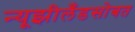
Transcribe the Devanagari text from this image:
न्यूझीलँडसोबत